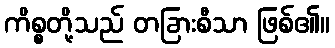
ကိစ္စတို့သည် တခြားစီသာ ဖြစ်၏။